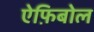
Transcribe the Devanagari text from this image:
ऐफ़िबोल